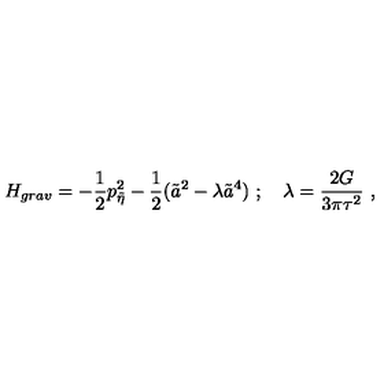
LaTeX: H _ { g r a v } = - { \frac { 1 } { 2 } } p _ { \tilde { \eta } } ^ { 2 } - { \frac { 1 } { 2 } } ( \tilde { a } ^ { 2 } - \lambda \tilde { a } ^ { 4 } ) \ ; \quad \lambda = { \frac { 2 G } { 3 \pi \tau ^ { 2 } } } \ ,